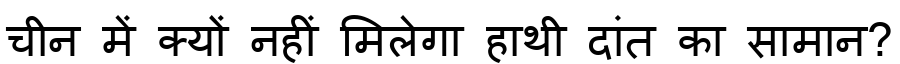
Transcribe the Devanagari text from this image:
चीन में क्यों नहीं मिलेगा हाथी दांत का सामान?